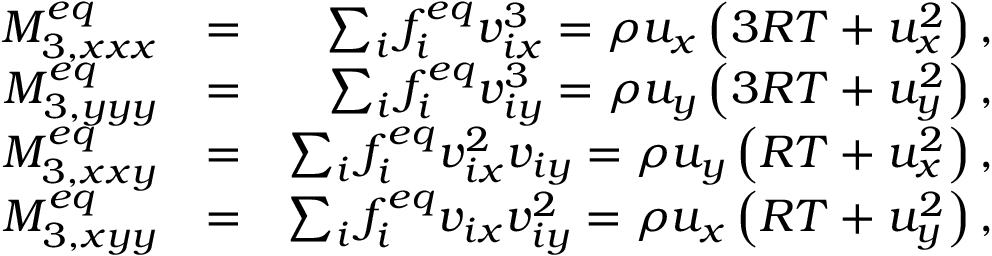
\begin{array} { r l r } { M _ { 3 , x x x } ^ { e q } } & { = } & { \sum _ { i } { f _ { i } ^ { e q } v _ { i x } ^ { 3 } } = \rho { u _ { x } } \left( { 3 R T + u _ { x } ^ { 2 } } \right) , } \\ { M _ { 3 , y y y } ^ { e q } } & { = } & { \sum _ { i } { f _ { i } ^ { e q } v _ { i y } ^ { 3 } } = \rho { u _ { y } } \left( { 3 R T + u _ { y } ^ { 2 } } \right) , } \\ { M _ { 3 , x x y } ^ { e q } } & { = } & { \sum _ { i } { f _ { i } ^ { e q } v _ { i x } ^ { 2 } { v _ { i y } } } = \rho { u _ { y } } \left( { R T + u _ { x } ^ { 2 } } \right) , } \\ { M _ { 3 , x y y } ^ { e q } } & { = } & { \sum _ { i } { f _ { i } ^ { e q } { v _ { i x } } v _ { i y } ^ { 2 } } = \rho { u _ { x } } \left( { R T + u _ { y } ^ { 2 } } \right) , } \end{array}